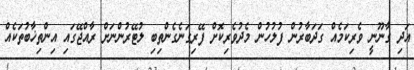
އަދި ގާނޫނީ ވެރިކަމެއް ގަދަބާރުން ފުލުހުން މެދުވެރިކޮށް ފޭރިގަނެގެންތިބި ލުޓޭރުންނަށް ރާއްޖޭގައި އިންތިޚާބުތަކެއް